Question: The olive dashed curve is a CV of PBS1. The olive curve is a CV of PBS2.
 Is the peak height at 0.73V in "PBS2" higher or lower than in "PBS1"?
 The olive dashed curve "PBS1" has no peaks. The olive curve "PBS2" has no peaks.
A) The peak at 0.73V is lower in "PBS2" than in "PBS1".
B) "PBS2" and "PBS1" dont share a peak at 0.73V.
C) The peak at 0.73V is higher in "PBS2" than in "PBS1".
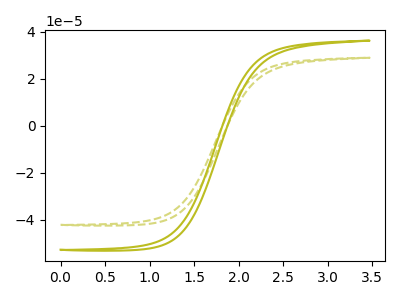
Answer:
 <answer>B) "PBS2" and "PBS1" dont share a peak at 0.73V.</answer>
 <eval>B</eval>